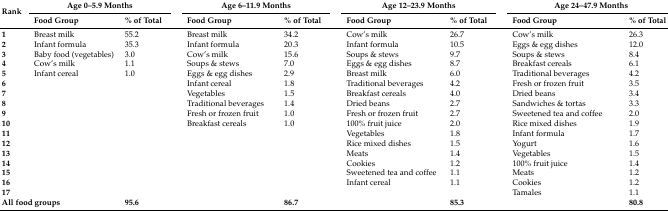
<table><thead><tr><td rowspan="2"><b>Rank</b></td><td colspan="2"><b>Age 0–5.9 Months</b></td><td></td><td colspan="2"><b>Age 6–11.9 Months</b></td><td></td><td colspan="2"><b>Age 12–23.9 Months</b></td><td></td><td colspan="2"><b>Age 24–47.9 Months</b></td></tr><tr><td><b>Food Group</b></td><td><b>% of Total</b></td><td></td><td><b>Food Group</b></td><td><b>% of Total</b></td><td></td><td><b>Food Group</b></td><td><b>% of Total</b></td><td></td><td><b>Food Group</b></td><td><b>% of Total</b></td></tr></thead><tbody><tr><td><b>1</b></td><td>Breast milk</td><td>55.2</td><td></td><td>Breast milk</td><td>34.2</td><td></td><td>Cow’s milk</td><td>26.7</td><td></td><td>Cow’s milk</td><td>26.3</td></tr><tr><td><b>2</b></td><td>Infant formula</td><td>35.3</td><td></td><td>Infant formula</td><td>20.3</td><td></td><td>Infant formula</td><td>10.5</td><td></td><td>Eggs &amp; egg dishes</td><td>12.0</td></tr><tr><td><b>3</b></td><td>Baby food (vegetables)</td><td>3.0</td><td></td><td>Cow’s milk</td><td>15.6</td><td></td><td>Soups &amp; stews</td><td>9.7</td><td></td><td>Soups &amp; stews</td><td>8.4</td></tr><tr><td><b>4</b></td><td>Cow’s milk</td><td>1.1</td><td></td><td>Soups &amp; stews</td><td>7.0</td><td></td><td>Eggs &amp; egg dishes</td><td>8.7</td><td></td><td>Breakfast cereals</td><td>6.1</td></tr><tr><td><b>5</b></td><td>Infant cereal</td><td>1.0</td><td></td><td>Eggs &amp; egg dishes</td><td>2.9</td><td></td><td>Breast milk</td><td>6.0</td><td></td><td>Traditional beverages</td><td>4.2</td></tr><tr><td><b>6</b></td><td></td><td></td><td></td><td>Infant cereal</td><td>1.8</td><td></td><td>Traditional beverages</td><td>4.2</td><td></td><td>Fresh or frozen fruit</td><td>3.5</td></tr><tr><td><b>7</b></td><td></td><td></td><td></td><td>Vegetables</td><td>1.5</td><td></td><td>Breakfast cereals</td><td>4.0</td><td></td><td>Dried beans</td><td>3.4</td></tr><tr><td><b>8</b></td><td></td><td></td><td></td><td>Traditional beverages</td><td>1.4</td><td></td><td>Dried beans</td><td>2.7</td><td></td><td>Sandwiches &amp; tortas</td><td>3.3</td></tr><tr><td><b>9</b></td><td></td><td></td><td></td><td>Fresh or frozen fruit</td><td>1.0</td><td></td><td>Fresh or frozen fruit</td><td>2.7</td><td></td><td>Sweetened tea and coffee</td><td>2.0</td></tr><tr><td><b>10</b></td><td></td><td></td><td></td><td>Breakfast cereals</td><td>1.0</td><td></td><td>100% fruit juice</td><td>2.0</td><td></td><td>Rice mixed dishes</td><td>1.9</td></tr><tr><td><b>11</b></td><td></td><td></td><td></td><td></td><td></td><td></td><td>Vegetables</td><td>1.8</td><td></td><td>Infant formula</td><td>1.7</td></tr><tr><td><b>12</b></td><td></td><td></td><td></td><td></td><td></td><td></td><td>Rice mixed dishes</td><td>1.5</td><td></td><td>Yogurt</td><td>1.6</td></tr><tr><td><b>13</b></td><td></td><td></td><td></td><td></td><td></td><td></td><td>Meats</td><td>1.4</td><td></td><td>Vegetables</td><td>1.5</td></tr><tr><td><b>14</b></td><td></td><td></td><td></td><td></td><td></td><td></td><td>Cookies</td><td>1.2</td><td></td><td>100% fruit juice</td><td>1.4</td></tr><tr><td><b>15</b></td><td></td><td></td><td></td><td></td><td></td><td></td><td>Sweetened tea and coffee</td><td>1.1</td><td></td><td>Meats</td><td>1.2</td></tr><tr><td><b>16</b></td><td></td><td></td><td></td><td></td><td></td><td></td><td>Infant cereal</td><td>1.1</td><td></td><td>Cookies</td><td>1.2</td></tr><tr><td><b>17</b></td><td></td><td></td><td></td><td></td><td></td><td></td><td></td><td></td><td></td><td>Tamales</td><td>1.1</td></tr><tr><td colspan="2"><b>All food groups</b></td><td><b>95.6</b></td><td></td><td></td><td><b>86.7</b></td><td></td><td></td><td><b>85.3</b></td><td></td><td></td><td><b>80.8</b></td></tr></tbody></table>